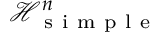
\mathcal H _ { \mathrm { ~ s ~ i ~ m ~ p ~ l ~ e ~ } } ^ { n }